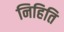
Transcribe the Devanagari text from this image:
निहिति